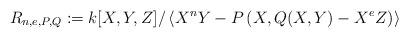
LaTeX: \begin{align*}R_{n,e,P,Q}:=k[X,Y,Z]/\left\langle X^{n}Y-P\left(X,Q(X,Y)-X^{e}Z\right)\right\rangle \end{align*}